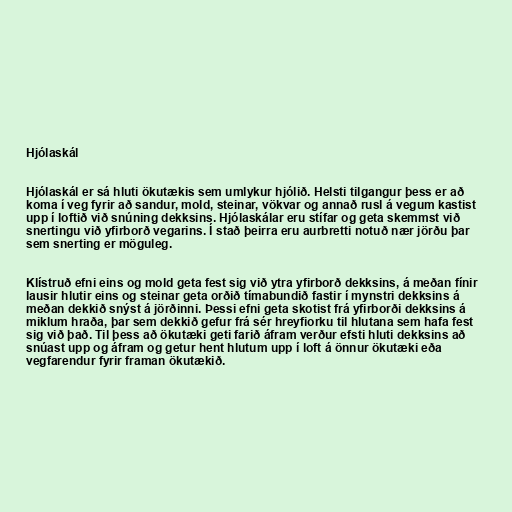
Hjólaskál

Hjólaskál er sá hluti ökutækis sem umlykur hjólið. Helsti tilgangur þess er að
koma í veg fyrir að sandur, mold, steinar, vökvar og annað rusl á vegum kastist
upp í loftið við snúning dekksins. Hjólaskálar eru stífar og geta skemmst við
snertingu við yfirborð vegarins. Í stað þeirra eru aurbretti notuð nær jörðu þar
sem snerting er möguleg.

Klístruð efni eins og mold geta fest sig við ytra yfirborð dekksins, á meðan fínir
lausir hlutir eins og steinar geta orðið tímabundið fastir í mynstri dekksins á
meðan dekkið snýst á jörðinni. Þessi efni geta skotist frá yfirborði dekksins á
miklum hraða, þar sem dekkið gefur frá sér hreyfiorku til hlutana sem hafa fest
sig við það. Til þess að ökutæki geti farið áfram verður efsti hluti dekksins að
snúast upp og áfram og getur hent hlutum upp í loft á önnur ökutæki eða
vegfarendur fyrir framan ökutækið.